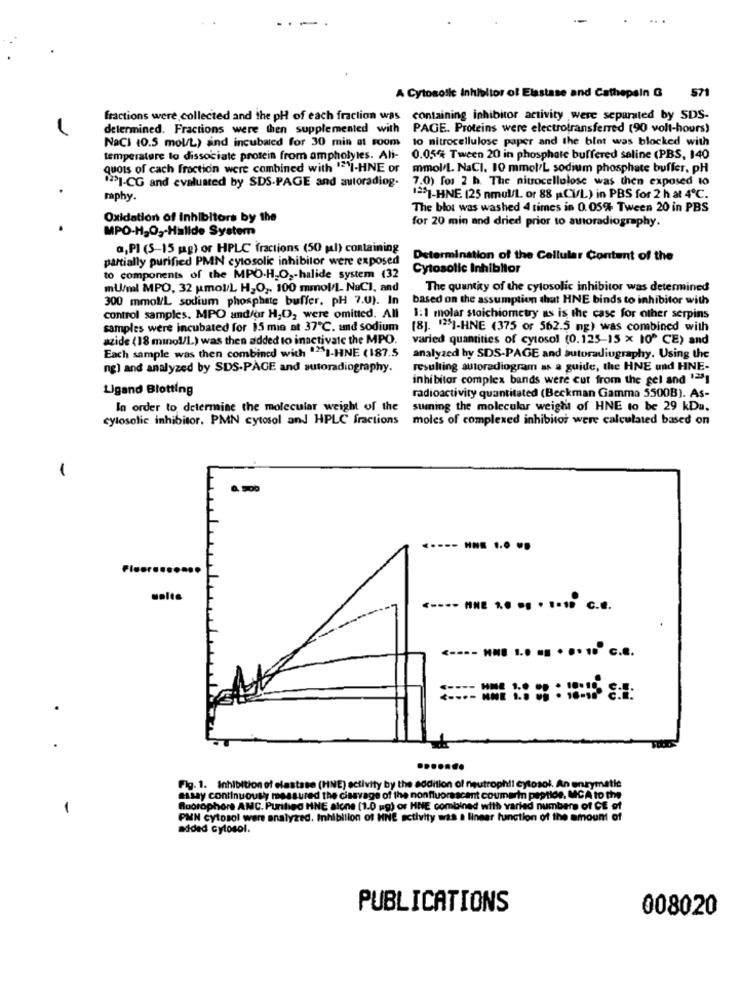
571
A Cytosolle inhibitor of Elastase and Cathepain G
fractions were collected and the pH of each fraction was containing inhibitor activity were separated by SDS-
determined. Fractions were then supplemented with
PAGE. Proteins were electrotransferred (90 volt-hours)
NaCi (0.5 mol/L) and incubated for 30 min at room
to nitrocellulose paper and the blot was blocked with
temperature to dissociate protein from ampholytes. Ali-
0.05% Tween 20 in phosphate buffered seline (PBS, 140
quots of cach fraction were combined with "I-HNE or
mmol/L. NaCI. 10 mmol/L sodium phosphate buffer, pH
7.0) for 2 h. The nitrocellulose was then exposed to
">I-CG and evaluated by SDS-PAGE and autoradiog.
raphy.
1231-HNE (25 nmol/L. or 88 ACI/L) in PBS for 2 h at 4℃.
The bloi was washed 4 times in 0.05% Tween 20 in PBS
Oxidation of Inhibitors by the
MPO-H2O2-Hallde System
for 20 min and dried prior to autoradiography.
a, PI (5-15 mg) or HPLC fractions (50 gl) containing
partially purified PMN cytosolic inhibitor were exposed
Determination of the Cellular Content of the
Cytosolic Inhibitor
to components of the MPO-H_O ,- halide system (32
mU/ml MPO, 32 Mmol/L H,O2. 100 mmol/L. NaCl, and
The quantity of the cylosolic inhibitor was determined
300 mmol/L sodium phosphate buffer. pH 7.0). In
based on the assumption that HNE binds to inhibitor with
control samples. MPO and/or H2O2 were omitted. All
1:1 molar stoichiometry as is the case for other serpins
samples were incubated for 15 min at 37℃. and sodium
[8]. "251-HNE (375 or 562.5 mg) was combined with
azide (18 minol/L.) was then added to inactivate the MPO
varied quantities of cytosol (0.125-15 x 10ª CE) and
Each sample was then combined with "I-HNE (187.5
analyzed by SDS-PAGE and autoradiography. Using the
ng) and analyzed by SDS-PAGE and autoradiography.
resulting autoradiogram as a guide, the HNE und HNE-
inhibitor complex bands were cut from the gel and "231
Ligand Blotting
radioactivity quantitated (Beckman Gamma 5500B). As-
In order to determine the molecular weight of the
suming the molecular weight of HNE to be 29 kDa.
cylosolic inhibitor. PMN cytosol and HPLC fractions
moles of complexed inhibitor were calculated based on
-
Fleursse
...
<---- HNE 1.0 ·· · 1.10 C.E.
<---- NNE 1 .· ·· · ·· 10 c.8.
Fig. 1. Inhibition of elastase (HNE) activity by the addition of neutrophil cytosol. An enzymatic
assay continuously measured the cissvage of the nonfluorescent coumarin peptide, MCA to the
1
fluorophore AMC. Purified HNE alone (1.0 ug) or HNE combined with varied numbers of CE of
PMN cytosol were analyzed. Inhibition of HNE activity was a linear function of the amount of
added cytosol.
PUBLICATIONS
008020